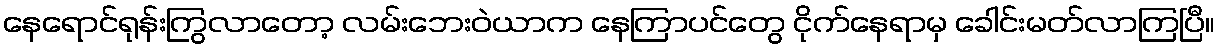
နေရောင်ရုန်းကြွလာတော့ လမ်းဘေးဝဲယာက နေကြာပင်တွေ ငိုက်နေရာမှ ခေါင်းမတ်လာကြပြီ။